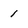
Character: 1